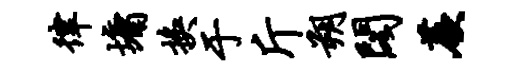
律墉换于斤朔阁蕨